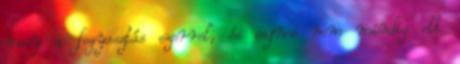
megy a fogyasztás ezerrel, és sajnos nem mindig ott